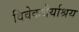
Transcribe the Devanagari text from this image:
विवेकधैर्याश्रय